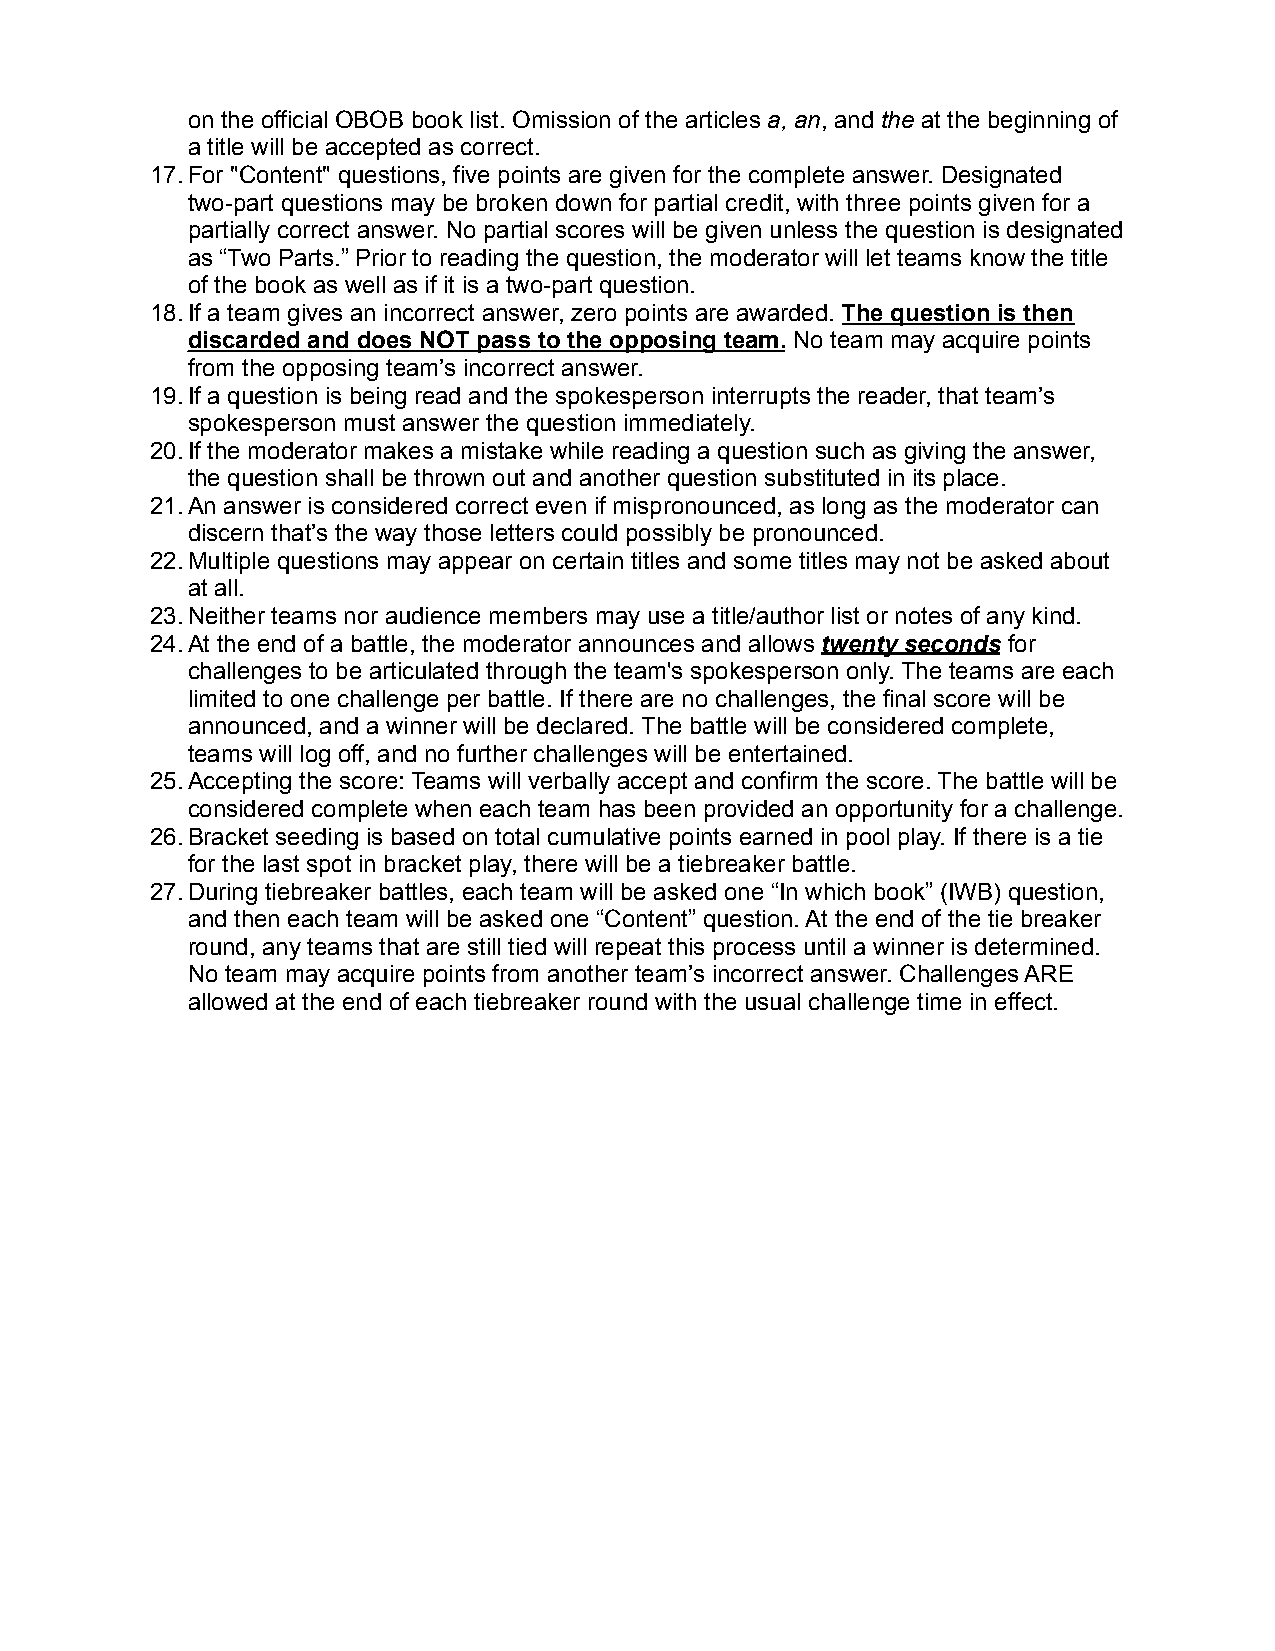
on the official OBOB book list. Omission of the articles a, an, and the at the beginning of
 a title will be accepted as correct.
 17.For "Content" questions, five points are given for the complete answer. Designated
 two-part questions may be broken down for partial credit, with three points given for a
 partially correct answer. No partial scores will be given unless the question is designated
 as “Two Parts.” Prior to reading the question, the moderator will let teams know the title
 of the book as well as if it is a two-part question.
 18.If a team gives an incorrect answer, zero points are awarded. The question is then
 discarded and does NOT pass to the opposing team. No team may acquire points
 from the opposing team’s incorrect answer.
 19.If a question is being read and the spokesperson interrupts the reader, that team’s
 spokesperson must answer the question immediately.
 20.If the moderator makes a mistake while reading a question such as giving the answer,
 the question shall be thrown out and another question substituted in its place.
 21.An answer is considered correct even if mispronounced, as long as the moderator can
 discern that’s the way those letters could possibly be pronounced.
 22.Multiple questions may appear on certain titles and some titles may not be asked about
 at all.
 23.Neither teams nor audience members may use a title/author list or notes of any kind.
 24.At the end of a battle, the moderator announces and allows twenty seconds for
 challenges to be articulated through the team's spokesperson only. The teams are each
 limited to one challenge per battle. If there are no challenges, the final score will be
 announced, and a winner will be declared. The battle will be considered complete,
 teams will log off, and no further challenges will be entertained.
 25.Accepting the score: Teams will verbally accept and confirm the score. The battle will be
 considered complete when each team has been provided an opportunity for a challenge.
 26.Bracket seeding is based on total cumulative points earned in pool play. If there is a tie
 for the last spot in bracket play, there will be a tiebreaker battle.
 27.During tiebreaker battles, each team will be asked one “In which book” (IWB) question,
 and then each team will be asked one “Content” question. At the end of the tie breaker
 round, any teams that are still tied will repeat this process until a winner is determined.
 No team may acquire points from another team’s incorrect answer. Challenges ARE
 allowed at the end of each tiebreaker round with the usual challenge time in effect.